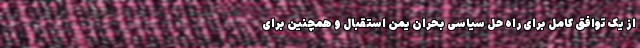
از یک توافق کامل برای راه حل سیاسی بحران یمن استقبال و همچنین برای